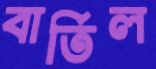
বার্তিল